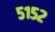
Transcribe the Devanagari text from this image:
५१५२